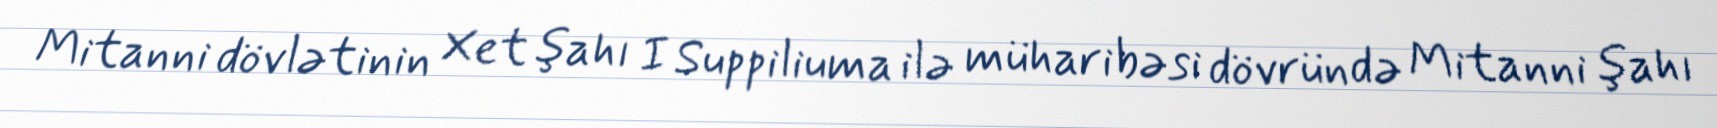
Mitanni dövlətinin Xet şahı I Suppiliuma ilə müharibəsi dövründə Mitanni şahı